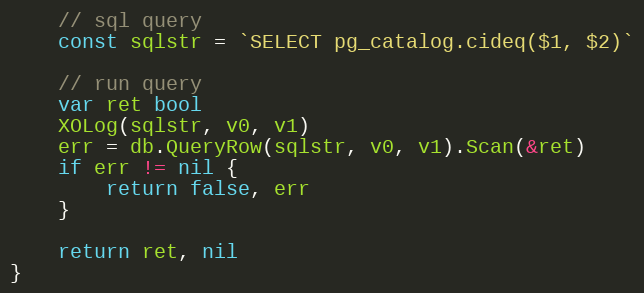
Language: Go
	// sql query
	const sqlstr = `SELECT pg_catalog.cideq($1, $2)`

	// run query
	var ret bool
	XOLog(sqlstr, v0, v1)
	err = db.QueryRow(sqlstr, v0, v1).Scan(&ret)
	if err != nil {
		return false, err
	}

	return ret, nil
}